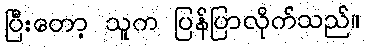
ပြီးတော့ သူက ပြန်ပြာလိုက်သည်။